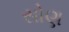
સોણ